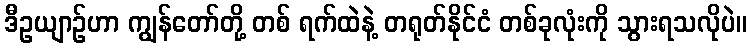
ဒီဥယျာဉ်ဟာ ကျွန်တော်တို့ တစ် ရက်ထဲနဲ့ တရုတ်နိုင်ငံ တစ်ခုလုံးကို သွားရသလိုပဲ။